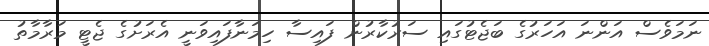
ނަމަވެސް އަންނަ އަހަރުގެ ބަޖެޓުގައި ސަރުކާރުން ފައިސާ ހިމަނާފައިވަނީ އެރަށުގެ ޖެޓީ މަރާމާތު